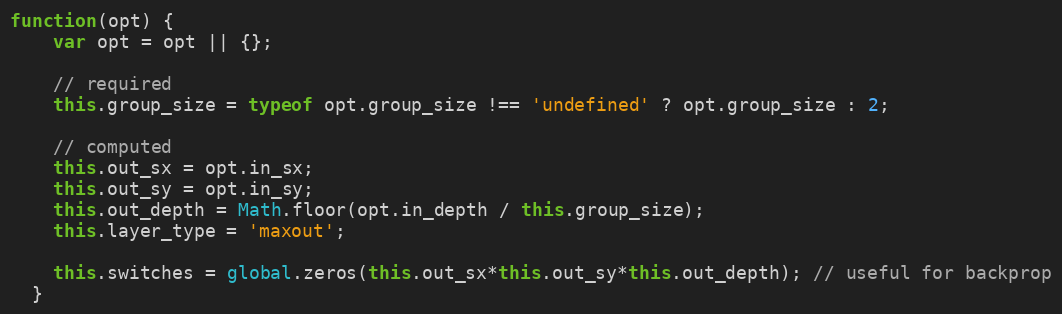
Language: JavaScript
function(opt) {
    var opt = opt || {};

    // required
    this.group_size = typeof opt.group_size !== 'undefined' ? opt.group_size : 2;

    // computed
    this.out_sx = opt.in_sx;
    this.out_sy = opt.in_sy;
    this.out_depth = Math.floor(opt.in_depth / this.group_size);
    this.layer_type = 'maxout';

    this.switches = global.zeros(this.out_sx*this.out_sy*this.out_depth); // useful for backprop
  }